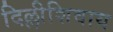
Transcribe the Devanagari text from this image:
दिल्लीशिवाय